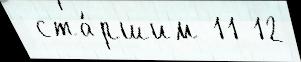
 ста́ршим 11 12